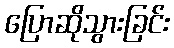
ပြောဆိုသွားခြင်း